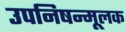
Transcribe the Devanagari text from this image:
उपनिषन्मूलक